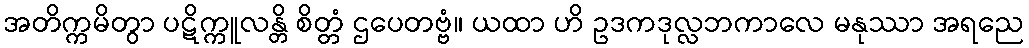
အတိက္ကမိတွာ ပဋိက္ကူလန္တိ စိတ္တံ ဌပေတဗ္ဗံ။ ယထာ ဟိ ဥဒကဒုလ္လဘကာလေ မနုဿာ အရညေ